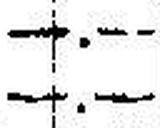
—.—